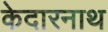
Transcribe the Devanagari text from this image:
केदारनाथ